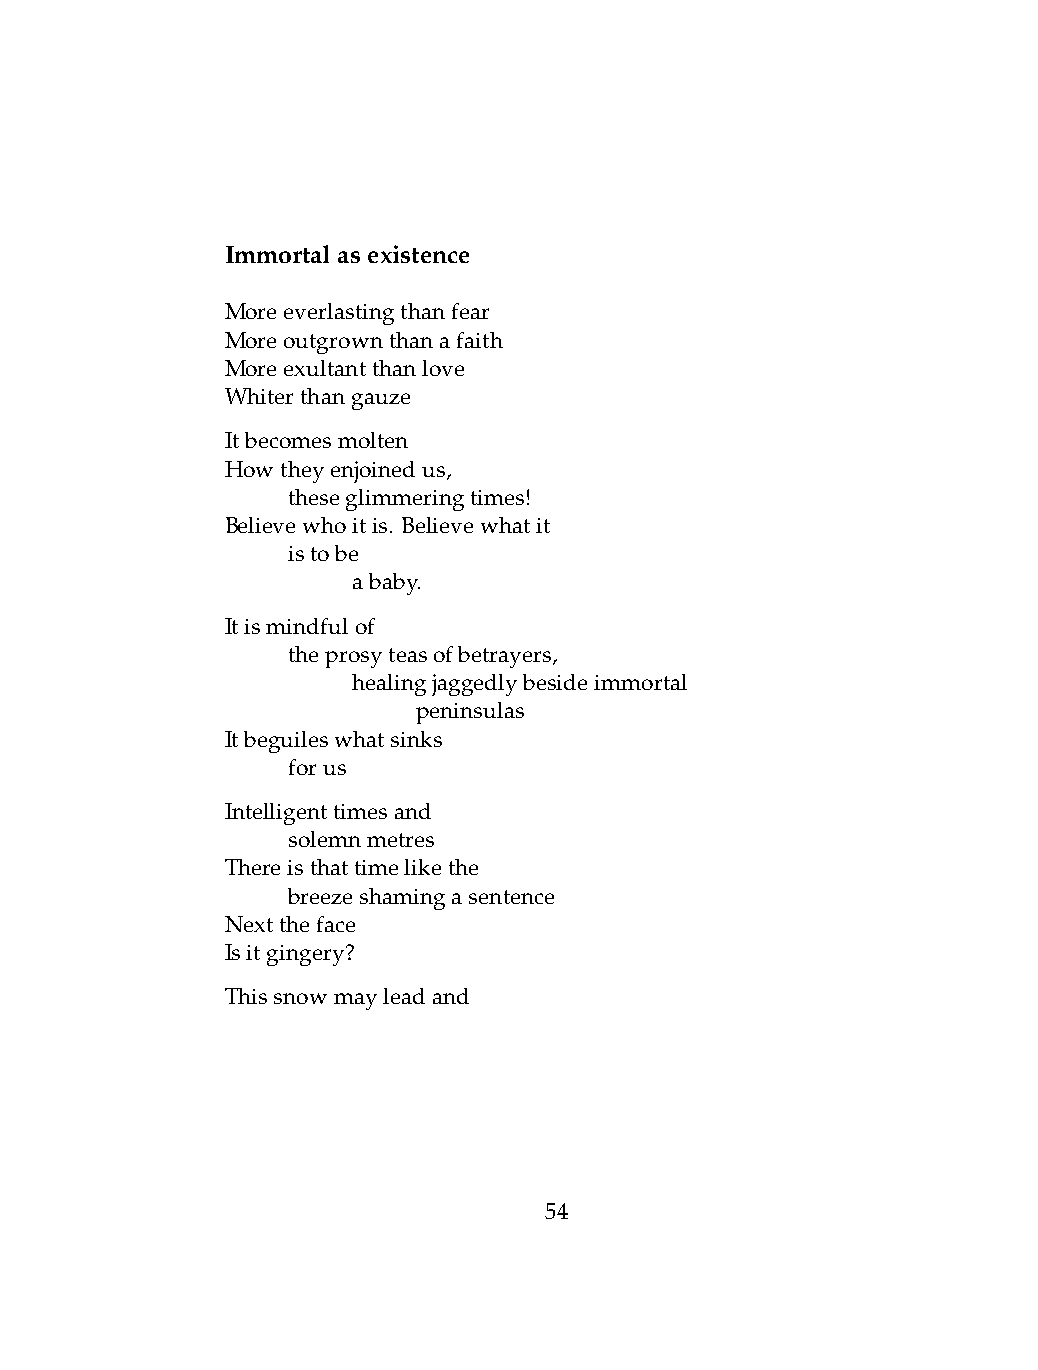
Immortalasexistence
 Moreeverlastingthanfear
 Moreoutgrownthanafaith
 Moreexultantthanlove
 Whiterthangauze
 Itbecomesmolten
 Howtheyenjoinedus,
 .   theseglimmeringtimes!
 Believewhoitis. Believewhatit
 .   istobe
 .   .   ababy.
 Itismindfulof
 .   theprosyteasofbetrayers,
 .   .   healingjaggedlybesideimmortal
 .   .   .    peninsulas
 Itbeguileswhatsinks
 .   forus
 Intelligenttimesand
 .   solemnmetres
 Thereisthattimelikethe
 .   breezeshamingasentence
 Nexttheface
 Isitgingery?
 Thissnowmayleadand
 54